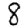
Digit: 8